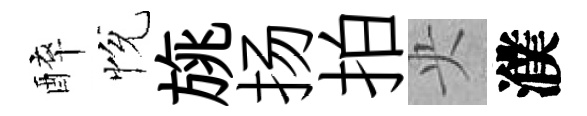
醉恱旐扬拍央濮